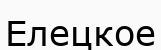
Елецкое